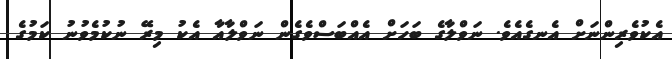
އެކުވެރިންނަށް އެނގެއެވެ. ނަވްލާގެ ބަހަށް އެއްބަސްވެގެން ނަވްލާއާ އެކު މިރޭ ނުކުމެވުނު ކަމުގެ